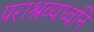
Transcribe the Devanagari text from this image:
पराश्रव्यध्वनि